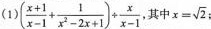
(1)$$( \frac { x + 1 } { x - 1 } + \frac { 1 } { x ^ { 2 } - 2 x + 1 } ) \div \frac { x } { x - 1 }$$ ，其中 $$x = \sqrt { 2 }$$